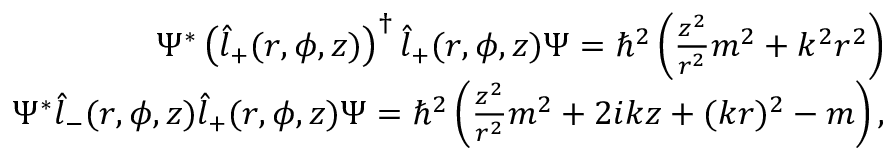
\begin{array} { r } { \Psi ^ { * } \left( \hat { l } _ { + } ( r , \phi , z ) \right) ^ { \dagger } \hat { l } _ { + } ( r , \phi , z ) \Psi = \hbar ^ { 2 } \left( \frac { z ^ { 2 } } { r ^ { 2 } } m ^ { 2 } + k ^ { 2 } r ^ { 2 } \right) } \\ { \Psi ^ { * } \hat { l } _ { - } ( r , \phi , z ) \hat { l } _ { + } ( r , \phi , z ) \Psi = \hbar ^ { 2 } \left( \frac { z ^ { 2 } } { r ^ { 2 } } m ^ { 2 } + 2 i k z + ( k r ) ^ { 2 } - m \right) , } \end{array}